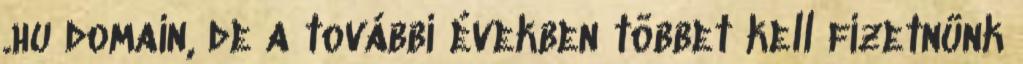
.hu domain, de a további években többet kell fizetnünk